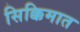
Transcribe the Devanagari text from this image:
सिक्किमात